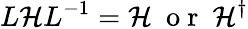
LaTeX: L\mathcal{H}L^{-1}=\mathcal{H}\ \mathrm{~o~r~}\ \mathcal{H}^{\dagger}